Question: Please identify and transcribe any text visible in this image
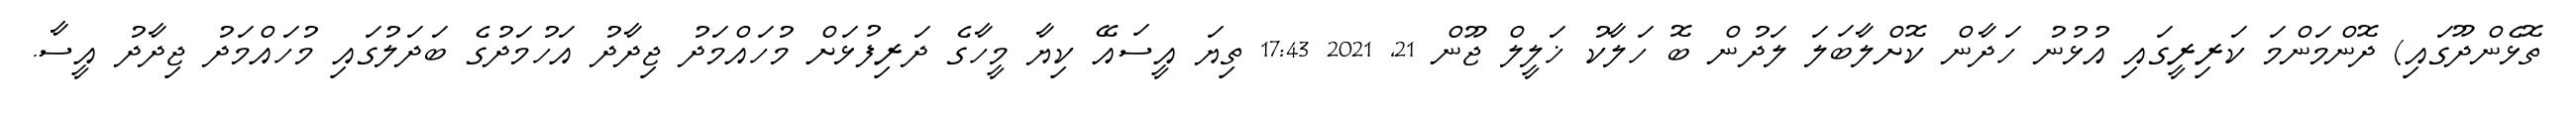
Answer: ތޮޅެންދޫގައި) ދޮންމަންމަ ކަރިރީގައި އުޅުނު ހަދާން ކޮށްލާބަލަ ލަދުން ބޮ ހަލާކު ޚަލީލް ޖޫން 21, 2021 17:43 ތިޔަ އީސައޭ ކިޔާ މީހާގެ ދަރިފުޅަށް މުހައްމަދު ޖިދާދު އަހުމަދުގެ ބަދަލުގައި މުހައްމަދު ޖިދާދު އީސާ.